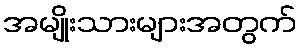
အမျိုးသားများအတွက်